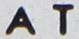
AT